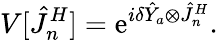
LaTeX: V[\hat{J}_{n}^{H}]=\mathrm{e}^{i\delta\hat{Y}_{a}\otimes\hat{J}_{n}^{H}}.